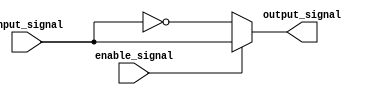
module active_low_buffer (
    input wire input_signal,
    input wire enable_signal,
    output reg output_signal
);

always @(*)
begin
    if(enable_signal == 0) // if enable signal is low
        output_signal <= ~input_signal; // generate complement of input signal
    else
        output_signal <= input_signal; // pass through input signal
end

endmodule